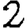
Digit: 2